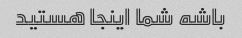
باشه شما اینجا هستید